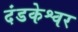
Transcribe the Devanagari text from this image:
दंडकेश्वर